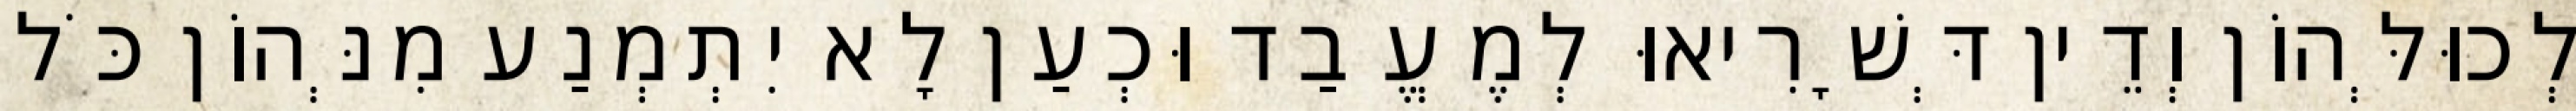
לְכוּלְּהוֹן וְדֵין דְּשָׁרִיאוּ לְמֶעֱבַד וּכְעַן לָא יִתְמְנַע מִנְּהוֹן כֹּל